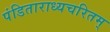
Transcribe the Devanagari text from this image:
पंडिताराध्यचरितम्